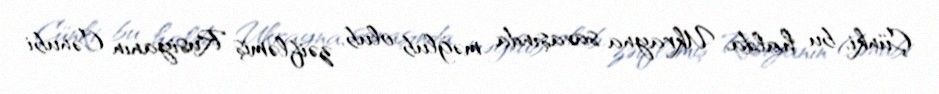
Çünki, bu halda, Ukrayna savaşında məğlub olub, zəifləmiş Rusiyanın Cənubi